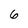
Character: 6